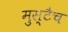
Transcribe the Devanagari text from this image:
मुस्टैच